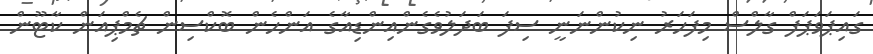
ގައިޕަވަޕަފް ގާލްސް މިފަހަރު ނިކުންނަނީ ސިފަ ބަދަލުވެގެންއިންޑިއާގެ އަންހެން ބޮކްސިން ޗެމްޕިއަން ކާޓޫން